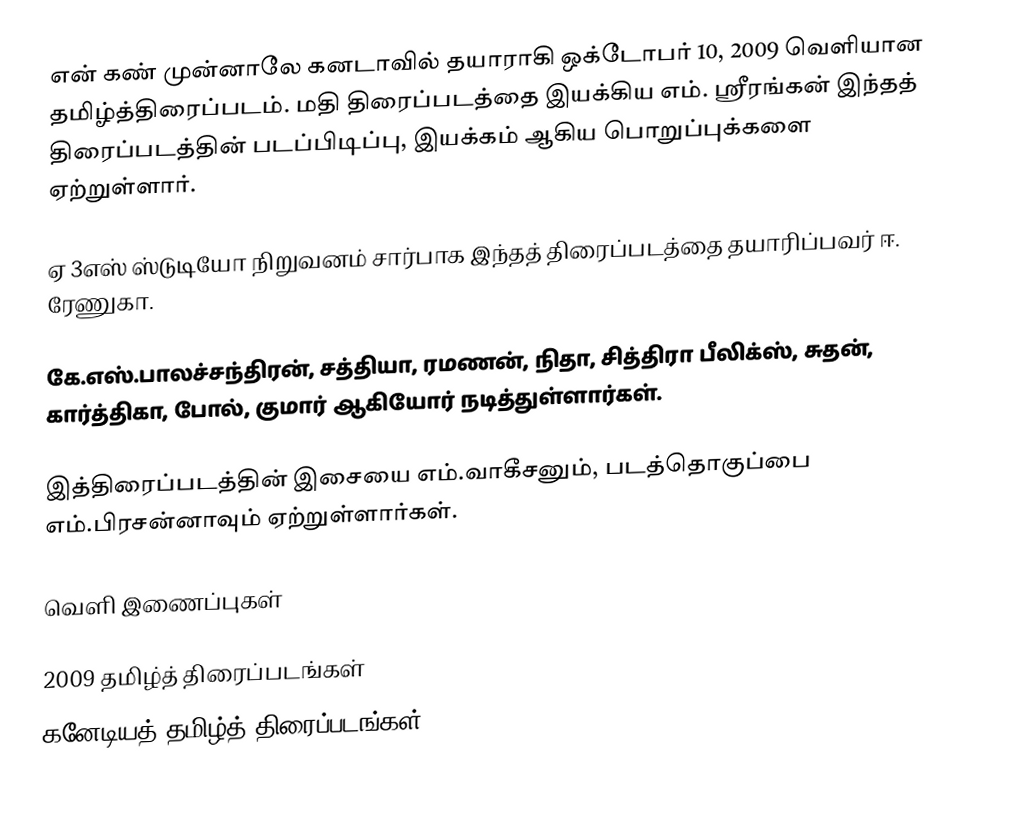
என் கண் முன்னாலே கனடாவில் தயாராகி ஒக்டோபர் 10, 2009 வெளியான தமிழ்த்திரைப்படம். மதி திரைப்படத்தை இயக்கிய எம். ஸ்ரீரங்கன் இந்தத் திரைப்படத்தின் படப்பிடிப்பு, இயக்கம் ஆகிய பொறுப்புக்களை ஏற்றுள்ளார்.

ஏ 3எஸ் ஸ்டுடியோ நிறுவனம் சார்பாக இந்தத் திரைப்படத்தை தயாரிப்பவர் ஈ. ரேணுகா.

கே.எஸ்.பாலச்சந்திரன், சத்தியா, ரமணன், நிதா, சித்திரா பீலிக்ஸ், சுதன், கார்த்திகா, போல், குமார் ஆகியோர் நடித்துள்ளார்கள்.

இத்திரைப்படத்தின் இசையை எம்.வாகீசனும், படத்தொகுப்பை எம்.பிரசன்னாவும் ஏற்றுள்ளார்கள்.

வெளி இணைப்புகள்

2009 தமிழ்த் திரைப்படங்கள்
கனேடியத் தமிழ்த் திரைப்படங்கள்